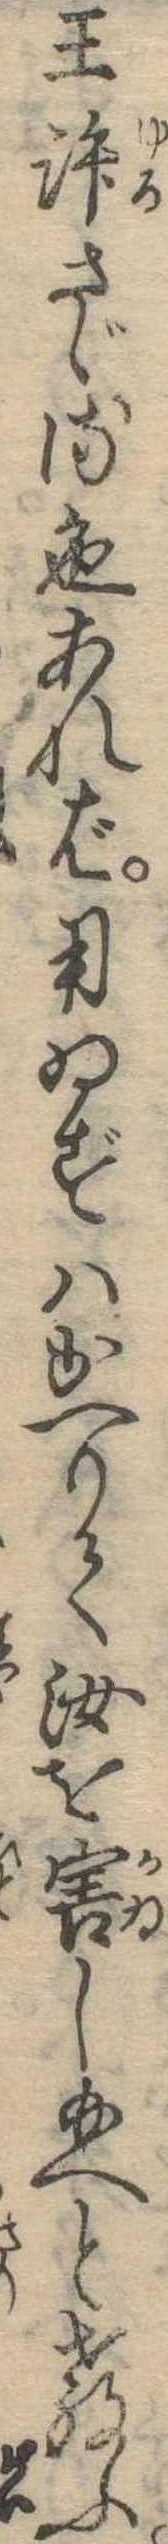
王許さゞる色あれば用ゐずはかへりて汝を害し給へと教ふ